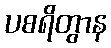
ပစရိတွာန